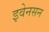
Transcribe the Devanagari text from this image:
इवेनसन